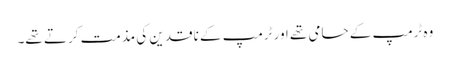
وہ ٹرمپ کے حامی تھے اور ٹرمپ کے ناقدین کی مذمت کرتے تھے۔